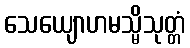
သေယျောဟမသ္မိသုတ္တံ